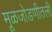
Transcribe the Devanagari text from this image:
मूळजोडणीतली